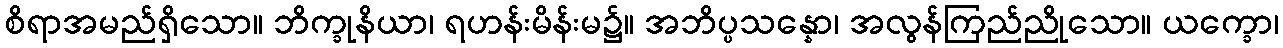
စိရာအမည်ရှိသော။ ဘိက္ခုနိယာ၊ ရဟန်းမိန်းမ၌။ အဘိပ္ပသန္နော၊ အလွန်ကြည်ညိုသော။ ယက္ခော၊